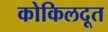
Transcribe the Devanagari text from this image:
कोकिलदूत